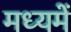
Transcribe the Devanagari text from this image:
मध्यमें